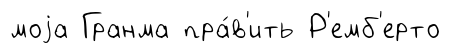
моjа Гранма пра́в'ить Р'емб'ерто